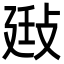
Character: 𢽄